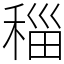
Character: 䅔